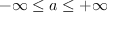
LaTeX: - \infty \leq a \leq + \infty